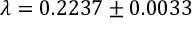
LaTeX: \lambda = 0 . 2 2 3 7 \pm 0 . 0 0 3 3